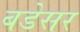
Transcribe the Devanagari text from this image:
बडेसर